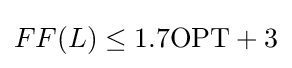
FF(L)\leq 1.7\mathrm {OPT} +3